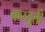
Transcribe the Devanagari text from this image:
करतूतोें